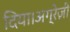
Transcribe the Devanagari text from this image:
दिया।अग्रेज़ी